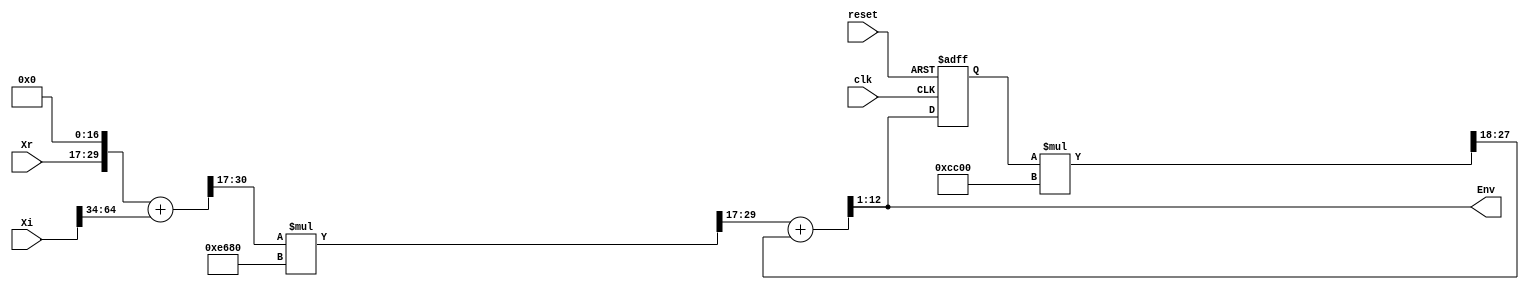
// -------------------------------------------------------------
// 
// 
// Generated by MATLAB 9.9 and HDL Coder 3.17
// 
// -------------------------------------------------------------


// -------------------------------------------------------------
// 
// Module: EnvelopeDetection
// Source Path: ModelToVerilog/ToVerilog/FI_Full1/Subsystem/EnvelopeDetection
// Hierarchy Level: 3
// 
// -------------------------------------------------------------

`timescale 1 ns / 1 ns

module EnvelopeDetection
          (clk,
           reset,
           Xr,
           Xi,
           Env);


  input   clk;
  input   reset;
  input   signed [12:0] Xr;  // sfix13_En2
  input   signed [64:0] Xi;  // sfix65_En53
  output  signed [11:0] Env;  // sfix12_En1


  wire signed [31:0] Sum1_add_cast;  // sfix32_En19
  wire signed [31:0] Sum1_add_cast_1;  // sfix32_En19
  wire signed [31:0] Sum1_add_temp;  // sfix32_En19
  wire signed [13:0] Sum1_out1;  // sfix14_En2
  wire [15:0] Constant_out1;  // ufix16_En17
  wire signed [16:0] Product_cast;  // sfix17_En17
  wire signed [30:0] Product_mul_temp;  // sfix31_En19
  wire signed [29:0] Product_cast_1;  // sfix30_En19
  wire signed [13:0] Product_out1;  // sfix14_En2
  wire [15:0] Constant1_out1;  // ufix16_En19
  wire signed [11:0] Sum_out1;  // sfix12_En1
  reg signed [11:0] Delay_out1;  // sfix12_En1
  wire signed [16:0] Product1_cast;  // sfix17_En19
  wire signed [28:0] Product1_mul_temp;  // sfix29_En20
  wire signed [27:0] Product1_cast_1;  // sfix28_En20
  wire signed [9:0] Product1_out1;  // sfix10_En2
  wire signed [31:0] Sum_add_cast;  // sfix32_En2
  wire signed [31:0] Sum_add_cast_1;  // sfix32_En2
  wire signed [31:0] Sum_add_temp;  // sfix32_En2


  assign Sum1_add_cast = {{2{Xr[12]}}, {Xr, 17'b00000000000000000}};
  assign Sum1_add_cast_1 = {Xi[64], Xi[64:34]};
  assign Sum1_add_temp = Sum1_add_cast + Sum1_add_cast_1;
  assign Sum1_out1 = Sum1_add_temp[30:17];



  assign Constant_out1 = 16'b1110011010000000;



  assign Product_cast = {1'b0, Constant_out1};
  assign Product_mul_temp = Sum1_out1 * Product_cast;
  assign Product_cast_1 = Product_mul_temp[29:0];
  assign Product_out1 = {Product_cast_1[29], Product_cast_1[29:17]};



  assign Constant1_out1 = 16'b1100110000000000;



  always @(posedge clk or posedge reset)
    begin : Delay_process
      if (reset == 1'b1) begin
        Delay_out1 <= 12'sb000000000000;
      end
      else
        Delay_out1 <= Sum_out1;
    end



  assign Product1_cast = {1'b0, Constant1_out1};
  assign Product1_mul_temp = Delay_out1 * Product1_cast;
  assign Product1_cast_1 = Product1_mul_temp[27:0];
  assign Product1_out1 = Product1_cast_1[27:18];



  assign Sum_add_cast = {{18{Product_out1[13]}}, Product_out1};
  assign Sum_add_cast_1 = {{22{Product1_out1[9]}}, Product1_out1};
  assign Sum_add_temp = Sum_add_cast + Sum_add_cast_1;
  assign Sum_out1 = Sum_add_temp[12:1];



  assign Env = Sum_out1;

endmodule  // EnvelopeDetection